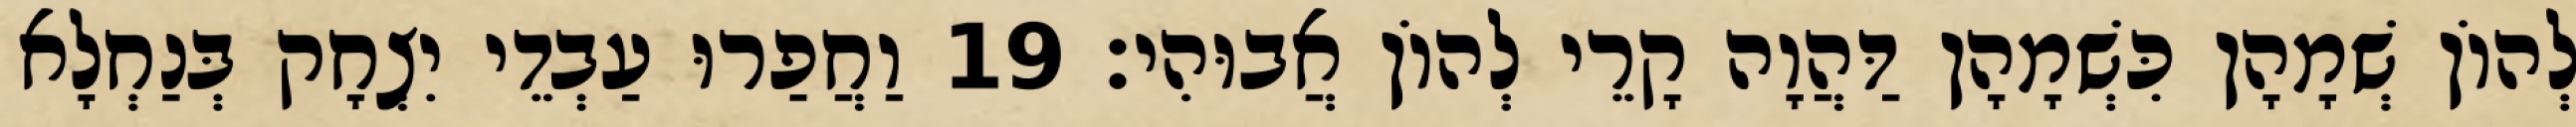
לְהוֹן שְׁמָהָן כִּשְׁמָהָן דַּהֲוָה קָרֵי לְהוֹן אֲבוּהִי׃ 19 וַחֲפַרוּ עַבְדֵי יִצְחָק בְּנַחְלָא